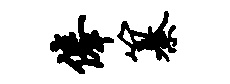
俸纂